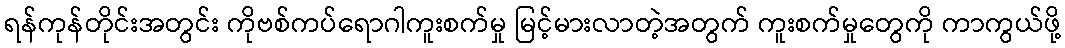
ရန်ကုန်တိုင်းအတွင်း ကိုဗစ်ကပ်ရောဂါကူးစက်မှု မြင့်မားလာတဲ့အတွက် ကူးစက်မှုတွေကို ကာကွယ်ဖို့